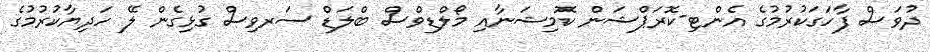
ދުވަސް ފާހަގަކުރުމުގެ އެންޓި-ކޮރަޕްޝަން ކޮމިޝަނާއި މޯލްޑިވްސް ބްލަޑް ސަރވިސް ގުޅިގެން ލޭ ހަދިޔާކުރުމުގެ